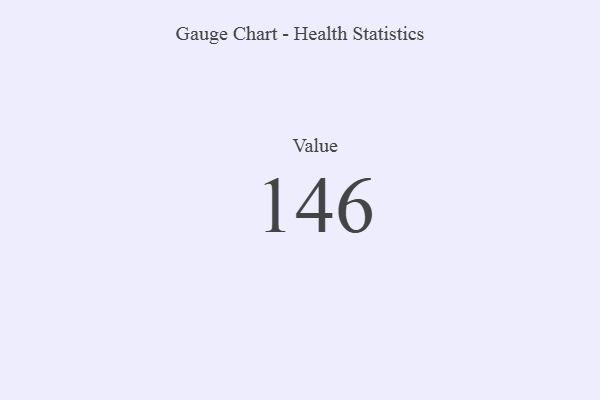
{"axis": {"x": "Metric", "y": "Value"}, "legend": [""], "data": [{"x": "Value", "y": 146, "type": ""}]}